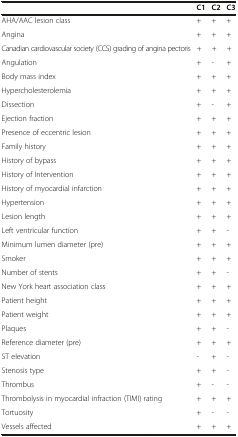
|  | C1 | C2 | C3 |
 | --- | --- | --- | --- |
 | AHA/AAC lesion class | + | + | + |
 | Angina | + | + | + |
 | Canadian cardiovascular society (CCS) grading of angina pectoris | + | + | + |
 | Angulation | + | - | + |
 | Body mass index | + | + | + |
 | Hypercholesterolemia | + | + | + |
 | Dissection | + | - | + |
 | Ejection fraction | + | + | + |
 | Presence of eccentric lesion | + | + | + |
 | Family history | + | + | + |
 | History of bypass | + | + | + |
 | History of Intervention | + | + | + |
 | History of myocardial infarction | + | + | + |
 | Hypertension | + | + | + |
 | Lesion length | + | + | + |
 | Left ventricular function | + | + | - |
 | Minimum lumen diameter (pre) | + | + | + |
 | Smoker | + | + | + |
 | Number of stents | + | + | - |
 | New York heart association class | + | + | + |
 | Patient height | + | + | + |
 | Patient weight | + | + | + |
 | Plaques | + | + | - |
 | Reference diameter (pre) | + | + | + |
 | ST elevation | - | + | - |
 | Stenosis type | + | + | - |
 | Thrombus | + | - | - |
 | Thrombolysis in myocardial infraction (TIMI) rating | + | + | + |
 | Tortuosity | + | - | - |
 | Vessels affected | + | + | + |